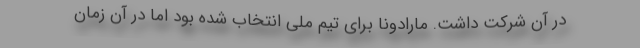
در آن شرکت داشت. مارادونا برای تیم ملی انتخاب شده بود اما در آن زمان